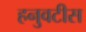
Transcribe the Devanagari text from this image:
हनुवटीस